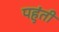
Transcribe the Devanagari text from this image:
पहुंती